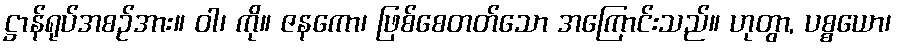
ဋ္ဌာန်ရုပ်အစဉ်အား။ ဝါ၊ ကို။ ဇနကော၊ ဖြစ်စေတတ်သော အကြောင်းသည်။ ဟုတွာ, ပစ္စယော၊